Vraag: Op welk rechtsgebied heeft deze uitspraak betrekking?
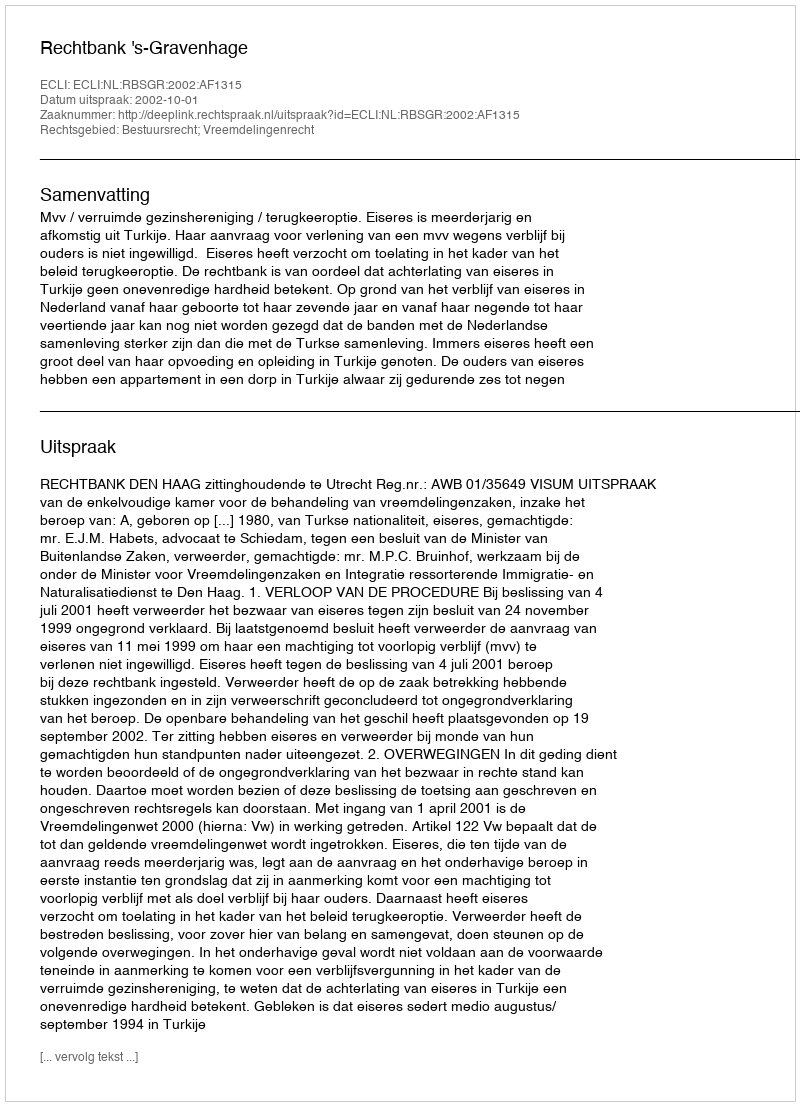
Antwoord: Bestuursrecht; Vreemdelingenrecht